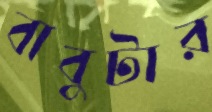
বাবুটার